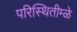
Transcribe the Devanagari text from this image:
परिस्थितीम्ळे